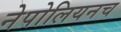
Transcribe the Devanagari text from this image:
नेपोलियनच